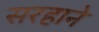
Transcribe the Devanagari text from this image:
सरहाने